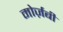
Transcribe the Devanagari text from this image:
मोर्ज़बी